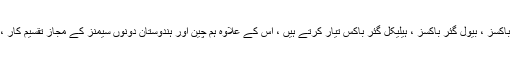
ہم ہیلیکل کرم گئر باکسز ، بیول گئر باکسز ، ہیلیکل گئر باکس تیار کرتے ہیں ، اس کے علاوہ ہم چین اور ہندوستان دونوں سیمنز کے مجاز تقسیم کار ، سپلائر ، ڈیلر ہیں۔